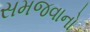
સમજવાનો